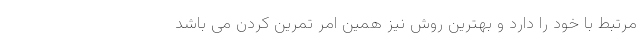
مرتبط با خود را دارد و بهترین روش نیز همین امر تمرین کردن می باشد